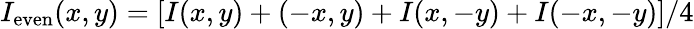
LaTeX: I_{\mathrm{even}}(x,y)=[I(x,y)+(-x,y)+I(x,-y)+I(-x,-y)]/4